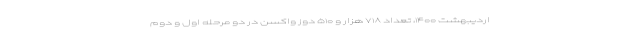
اردیبهشت ۱۴۰۰، تعداد ۷۱۸ هزار و ۵۱۰ دوز واکسن در دو مرحله اول و دوم